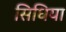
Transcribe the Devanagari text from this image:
सिधिया